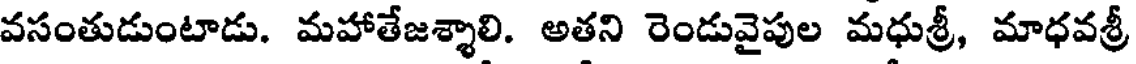
వసంతుడుంటాడు. మహాతేజశ్శాలి. అతని రెండువైపుల మధుశ్రీ, మాధవశ్రీ